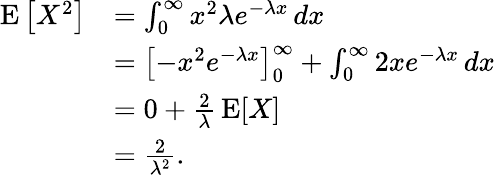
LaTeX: {\begin{array}{rl}{\operatorname{E}\left[X^{2}\right]}&{=\int_{0}^{\infty}x^{2}\lambda e^{-\lambda x}\, dx}\\ &{=\left[-x^{2}e^{-\lambda x}\right]_{0}^{\infty}+\int_{0}^{\infty}2xe^{-\lambda x}\, dx}\\ &{=0+{\frac{2}{\lambda}}\operatorname{E}[X]}\\ &{={\frac{2}{\lambda^{2}}}.}\end{array}}